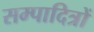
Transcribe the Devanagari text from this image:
सम्पादित्रों